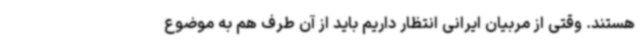
هستند. وقتی از مربیان ایرانی انتظار داریم باید از آن طرف هم به موضوع